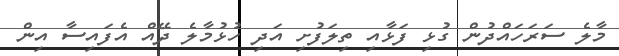
މާލެ ސަރަަހައްދުން ގުޅި ފަޅާއި ތިލަފުށި އަދި ހުޅުމާލެ ދޭއް އެފައިސާ އިން